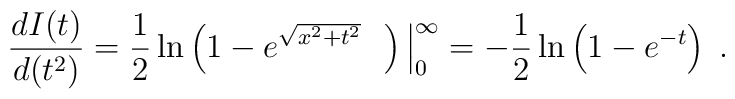
\frac{d I(t)}{d(t^2)}=\frac{1}{2}\ln\left(1-e^{\sqrt{x^2+t^2}}~~\right)\Big|_0^{\infty}=-\frac{1}{2}\ln\left(1-e^{-t}\right)\;.\nonumber